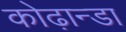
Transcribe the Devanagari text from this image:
कोढ़ान्‍डा